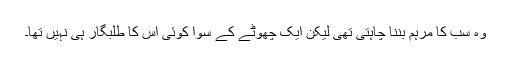
وہ سب کا مرہم بننا چاہتی تھی لیکن ایک چھوٹے کے سوا کوئی اس کا طلبگار ہی نہیں تھا۔